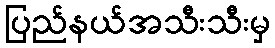
ပြည်နယ်အသီးသီးမှ